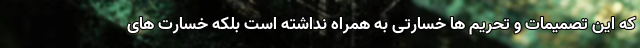
که این تصمیمات و تحریم ها خسارتی به همراه نداشته است بلکه خسارت های